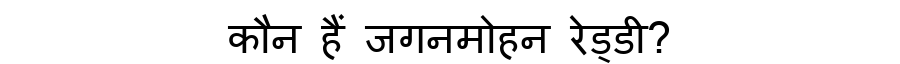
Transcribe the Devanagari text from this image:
कौन हैं जगनमोहन रेड्डी?